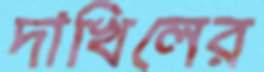
দাখিলের